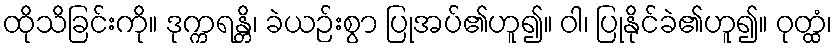
ထိုသိခြင်းကို။ ဒုက္ကရန္တိ၊ ခဲယဉ်းစွာ ပြုအပ်၏ဟူ၍။ ဝါ၊ ပြုနိုင်ခဲ၏ဟူ၍။ ဝုတ္ထံ၊